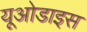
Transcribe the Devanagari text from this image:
यूओडाइस